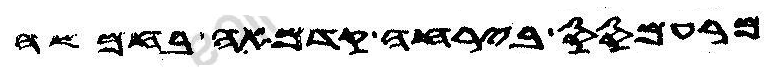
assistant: מרעמסס בירחה קדמאה בחמשה